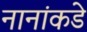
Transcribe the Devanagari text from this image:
नानांकडे